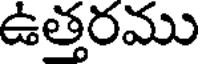
ఉత్తరము